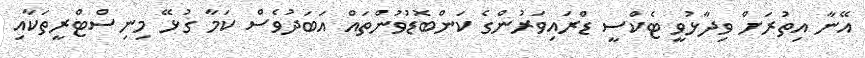
އޭނާ އިތުރަށް ވިދާޅުވީ ޓެކްސީ ޑްރައިވަރުންގެ ކަންބޮޑުވުންތައް އަބަދުވެސް ކަމާ ގުޅޭ މިނިސްޓްރީތަކާއި